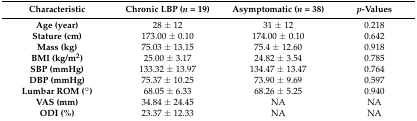
<table><thead><tr><td><b>Characteristic</b></td><td><b>Chronic LBP (<i>n</i> = 19)</b></td><td><b>Asymptomatic (<i>n</i> = 38)</b></td><td><b><i>p</i>-Values</b></td></tr></thead><tbody><tr><td><b>Age (year)</b></td><td>28 ± 12</td><td>31 ± 12</td><td>0.218</td></tr><tr><td><b>Stature (cm)</b></td><td>173.00 ± 0.10</td><td>174.00 ± 0.10</td><td>0.642</td></tr><tr><td><b>Mass (kg)</b></td><td>75.03 ± 13.15</td><td>75.4 ± 12.60</td><td>0.918</td></tr><tr><td><b>BMI (kg/m<sup>2</sup>)</b></td><td>25.00 ± 3.17</td><td>24.82 ± 3.54</td><td>0.785</td></tr><tr><td><b>SBP (mmHg)</b></td><td>133.32 ± 13.97</td><td>134.47 ± 13.47</td><td>0.764</td></tr><tr><td><b>DBP (mmHg)</b></td><td>75.37 ± 10.25</td><td>73.90 ± 9.69</td><td>0.597</td></tr><tr><td><b>Lumbar ROM (°)</b></td><td>68.05 ± 6.33</td><td>68.26 ± 5.25</td><td>0.940</td></tr><tr><td><b>VAS (mm)</b></td><td>34.84 ± 24.45</td><td>NA</td><td>NA</td></tr><tr><td><b>ODI (%)</b></td><td>23.37 ± 12.33</td><td>NA</td><td>NA</td></tr></tbody></table>